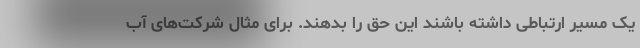
یک مسیر ارتباطی داشته باشند این حق را بدهند. برای مثال شرکت‌های آب